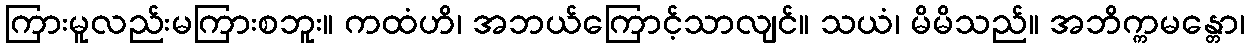
ကြားမူလည်းမကြားစဘူး။ ကထံဟိ၊ အဘယ်ကြောင့်သာလျင်။ သယံ၊ မိမိသည်။ အဘိက္ကမန္တော၊